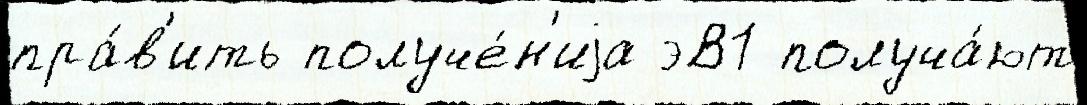
пра́в'ить получе́н'иjа эВ1 получа́ют